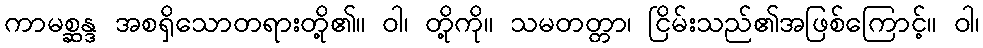
ကာမစ္ဆန္ဒ အစရှိသောတရားတို့၏။ ဝါ၊ တို့ကို။ သမတတ္တာ၊ ငြိမ်းသည်၏အဖြစ်ကြောင့်။ ဝါ၊